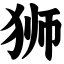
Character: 狮